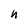
Character: n